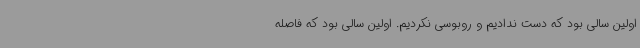
اولین سالی بود که دست ندادیم و روبوسی نکردیم. اولین سالی بود که فاصله